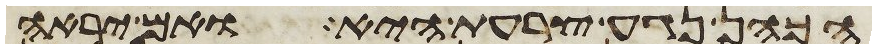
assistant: הכהן נגע צרעת היא ואם יראה